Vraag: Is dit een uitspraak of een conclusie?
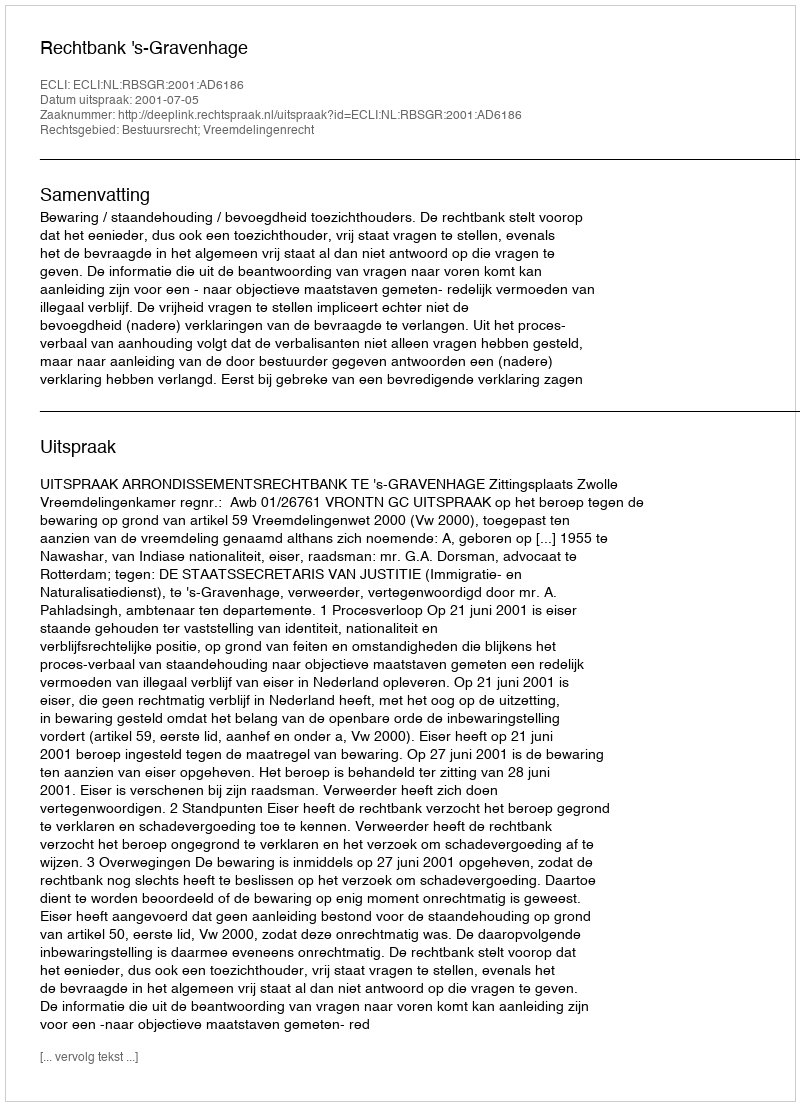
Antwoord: Uitspraak